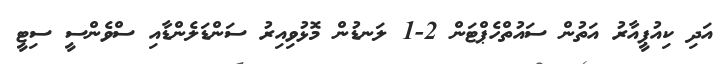
އަދި ކިއުޕީއާރު އަތުން ސައުތްހެޕްޓަން 2-1 ލަނޑުން މޮޅުވިއިރު ސަންޑަލެންޑާއި ސްވެންސީ ސިޓީ